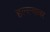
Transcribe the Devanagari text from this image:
हल्ल्यावर